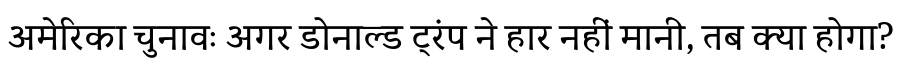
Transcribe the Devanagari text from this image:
अमेरिका चुनावः अगर डोनाल्ड ट्रंप ने हार नहीं मानी, तब क्या होगा?